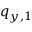
q _ { y , 1 }